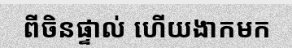
ពីចិនផ្ទាល់ ហើយងាកមក